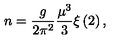
n = \frac { g } { 2 \pi ^ { 2 } } \frac { \mu ^ { 3 } } { 3 } \xi \left( 2 \right) ,